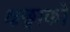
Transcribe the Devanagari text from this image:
क्षछ्वाको